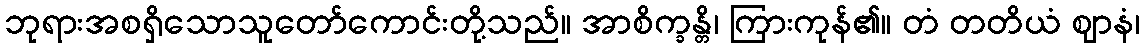
ဘုရားအစရှိသောသူတော်ကောင်းတို့သည်။ အာစိက္ခန္တိ၊ ကြားကုန်၏။ တံ တတိယံ ဈာနံ၊